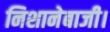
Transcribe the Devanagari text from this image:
निशानेबाजी।